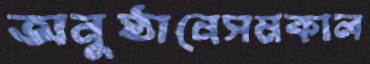
অনুষ্ঠানেসমকাল